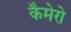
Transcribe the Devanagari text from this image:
कैमेरो